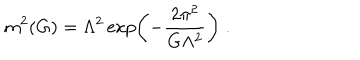
m ^ { 2 } ( G ) = \Lambda ^ { 2 } \exp \left( - \frac { 2 \pi ^ { 2 } } { G \Lambda ^ { 2 } } \right) \; .